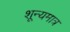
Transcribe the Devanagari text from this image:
शून्यमात्र